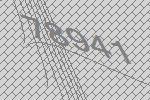
78941